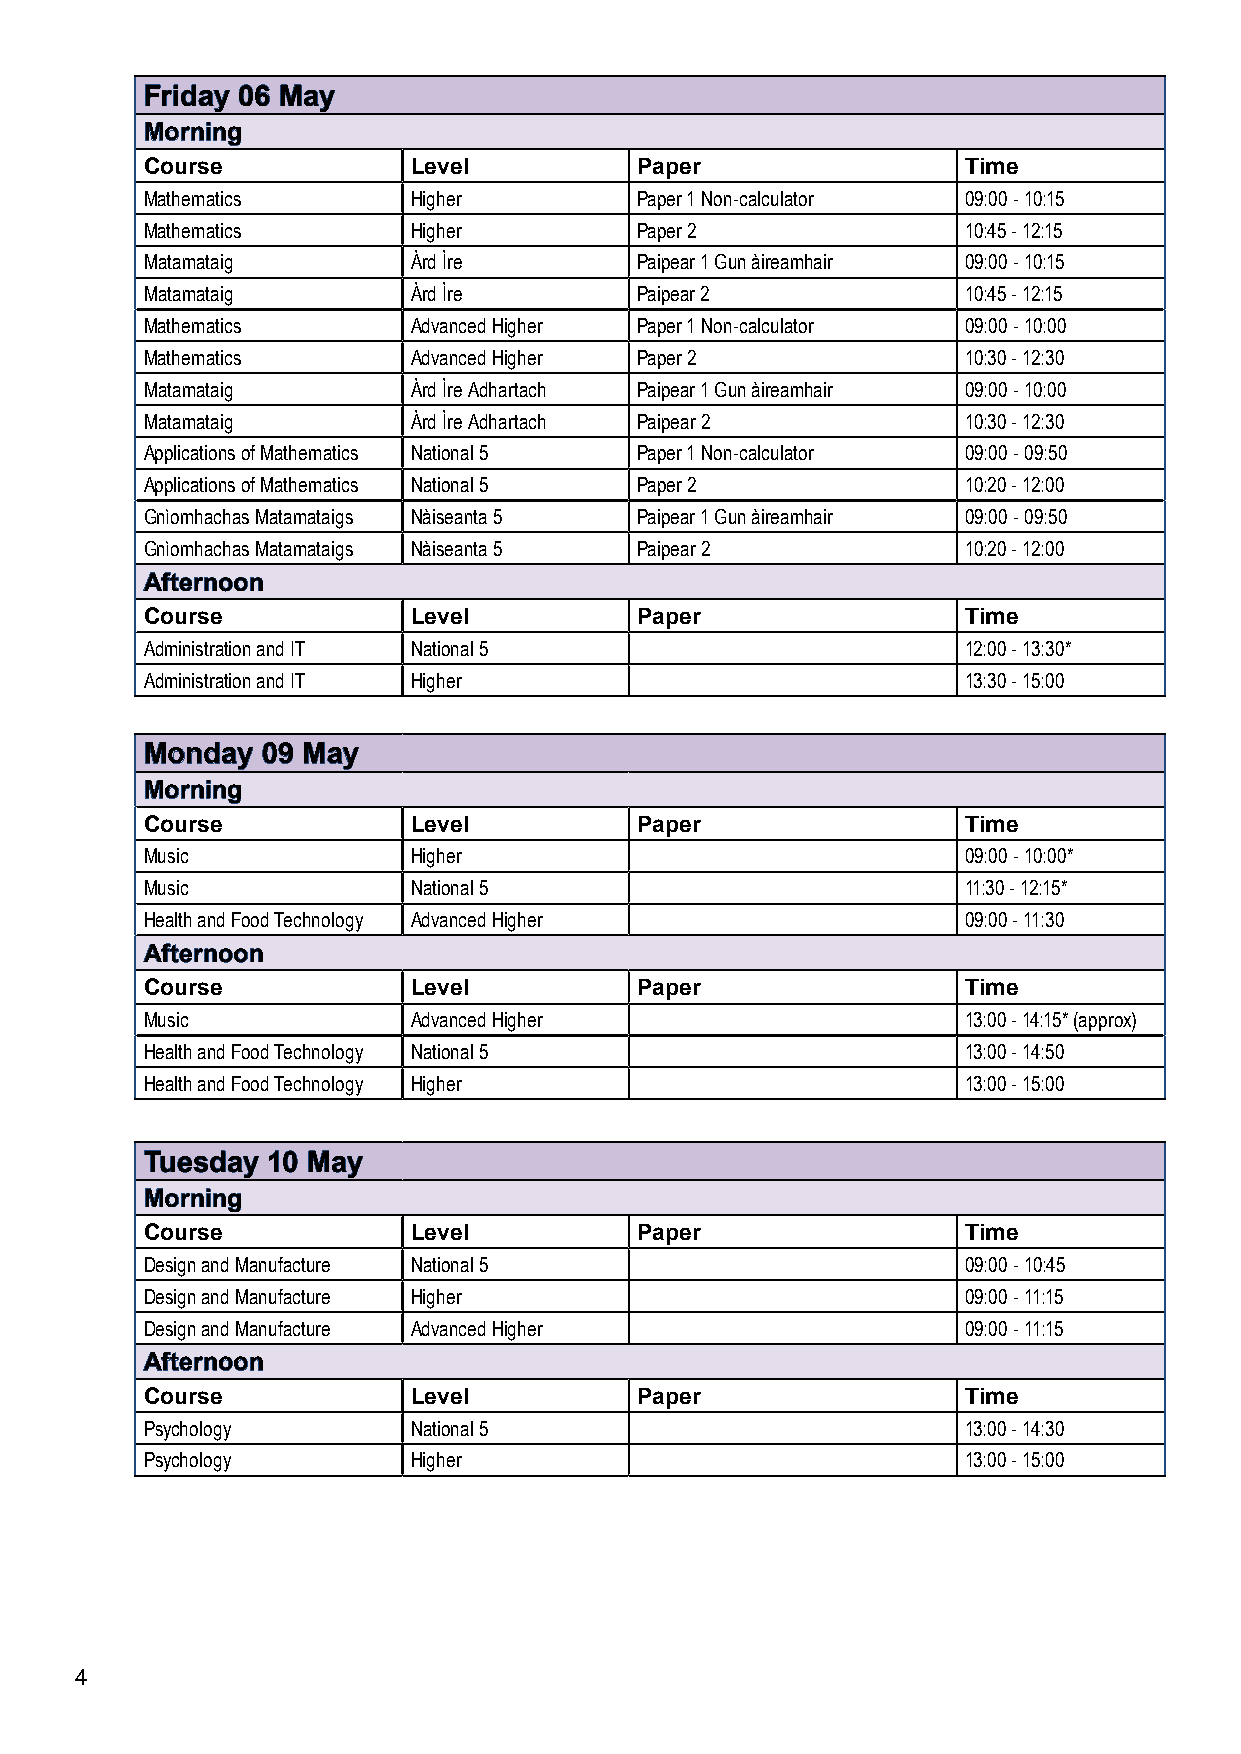
FFrriiddaayy 0066 MMaayy
 MMoorrnniinngg
 Course            Level          Paper                 Time
 Mathematics       Higher         Paper 1 Non-calculator 09:00 - 10:15
 Mathematics       Higher         Paper 2               10:45 - 12:15
 Matamataig        Àrd Ìre        Paipear 1 Gun àireamhair 09:00 - 10:15
 Matamataig        Àrd Ìre        Paipear 2             10:45 - 12:15
 Mathematics       Advanced Higher Paper 1 Non-calculator 09:00 - 10:00
 Mathematics       Advanced Higher Paper 2              10:30 - 12:30
 Matamataig        Àrd Ìre Adhartach Paipear 1 Gun àireamhair 09:00 - 10:00
 Matamataig        Àrd Ìre Adhartach Paipear 2          10:30 - 12:30
 Applications of Mathematics National 5 Paper 1 Non-calculator 09:00 - 09:50
 Applications of Mathematics National 5 Paper 2         10:20 - 12:00
 Gnìomhachas Matamataigs Nàiseanta 5 Paipear 1 Gun àireamhair 09:00 - 09:50
 Gnìomhachas Matamataigs Nàiseanta 5 Paipear 2          10:20 - 12:00
 AAfftteerrnnoooonn
 Course            Level          Paper                 Time
 Administration and IT National 5                       12:00 - 13:30*
 Administration and IT Higher                           13:30 - 15:00
 MMoonnddaayy 0099 MMaayy
 MMoorrnniinngg
 Course            Level          Paper                 Time
 Music             Higher                               09:00 - 10:00*
 Music             National 5                           11:30 - 12:15*
 Health and Food Technology Advanced Higher             09:00 - 11:30
 AAfftteerrnnoooonn
 Course            Level          Paper                 Time
 Music             Advanced Higher                      13:00 - 14:15* (approx)
 Health and Food Technology National 5                  13:00 - 14:50
 Health and Food Technology Higher                      13:00 - 15:00
 TTuueessddaayy 1100 MMaayy
 MMoorrnniinngg
 Course            Level          Paper                 Time
 Design and Manufacture National 5                      09:00 - 10:45
 Design and Manufacture Higher                          09:00 - 11:15
 Design and Manufacture Advanced Higher                 09:00 - 11:15
 AAfftteerrnnoooonn
 Course            Level          Paper                 Time
 Psychology        National 5                           13:00 - 14:30
 Psychology        Higher                               13:00 - 15:00
 4